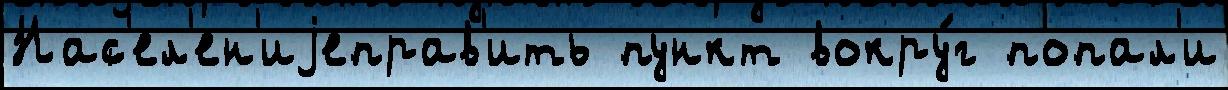
Нас'ел'ен'иjеправ'ить пункт вокру́г попал'и